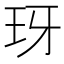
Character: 玡